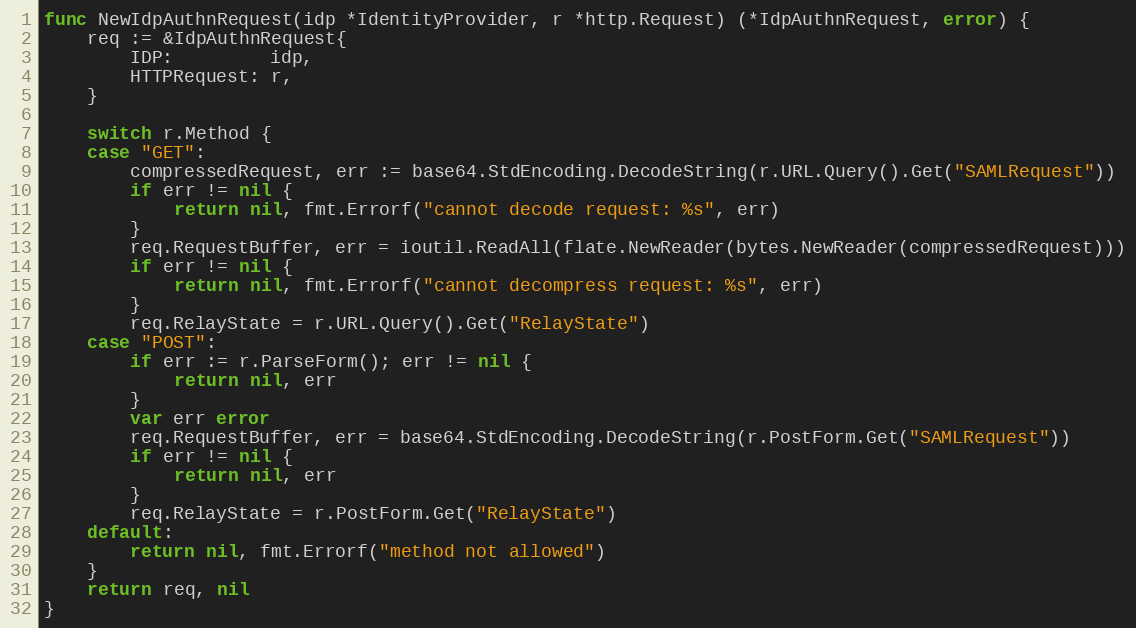
Language: Go
func NewIdpAuthnRequest(idp *IdentityProvider, r *http.Request) (*IdpAuthnRequest, error) {
	req := &IdpAuthnRequest{
		IDP:         idp,
		HTTPRequest: r,
	}

	switch r.Method {
	case "GET":
		compressedRequest, err := base64.StdEncoding.DecodeString(r.URL.Query().Get("SAMLRequest"))
		if err != nil {
			return nil, fmt.Errorf("cannot decode request: %s", err)
		}
		req.RequestBuffer, err = ioutil.ReadAll(flate.NewReader(bytes.NewReader(compressedRequest)))
		if err != nil {
			return nil, fmt.Errorf("cannot decompress request: %s", err)
		}
		req.RelayState = r.URL.Query().Get("RelayState")
	case "POST":
		if err := r.ParseForm(); err != nil {
			return nil, err
		}
		var err error
		req.RequestBuffer, err = base64.StdEncoding.DecodeString(r.PostForm.Get("SAMLRequest"))
		if err != nil {
			return nil, err
		}
		req.RelayState = r.PostForm.Get("RelayState")
	default:
		return nil, fmt.Errorf("method not allowed")
	}
	return req, nil
}